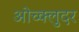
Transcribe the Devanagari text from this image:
ओच्क्लुदर